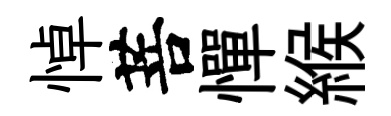
悼菩憚緱